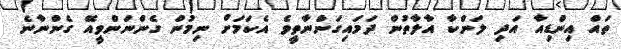
ތައް އިންޑިއާ އަދި ލަންކާ އާލާތުން ދަމައިގަންނާތީވެ އެކަމަށް ނިމުން ގެންނަންވީއޭ ގެންނާނެ